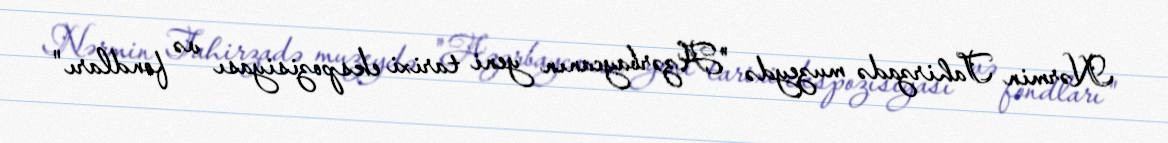
Nərmin Tahirzadə muzeydə "Azərbaycanın yeni tarixi ekspozisiyası və fondları"